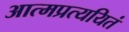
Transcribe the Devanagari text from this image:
आत्मप्रत्ययितं